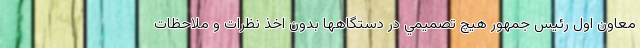
معاون اول رئيس جمهور هيچ تصميمي در دستگاهها بدون اخذ نظرات و ملاحظات